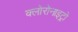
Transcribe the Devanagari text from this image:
क्लोरोनाइट्रो